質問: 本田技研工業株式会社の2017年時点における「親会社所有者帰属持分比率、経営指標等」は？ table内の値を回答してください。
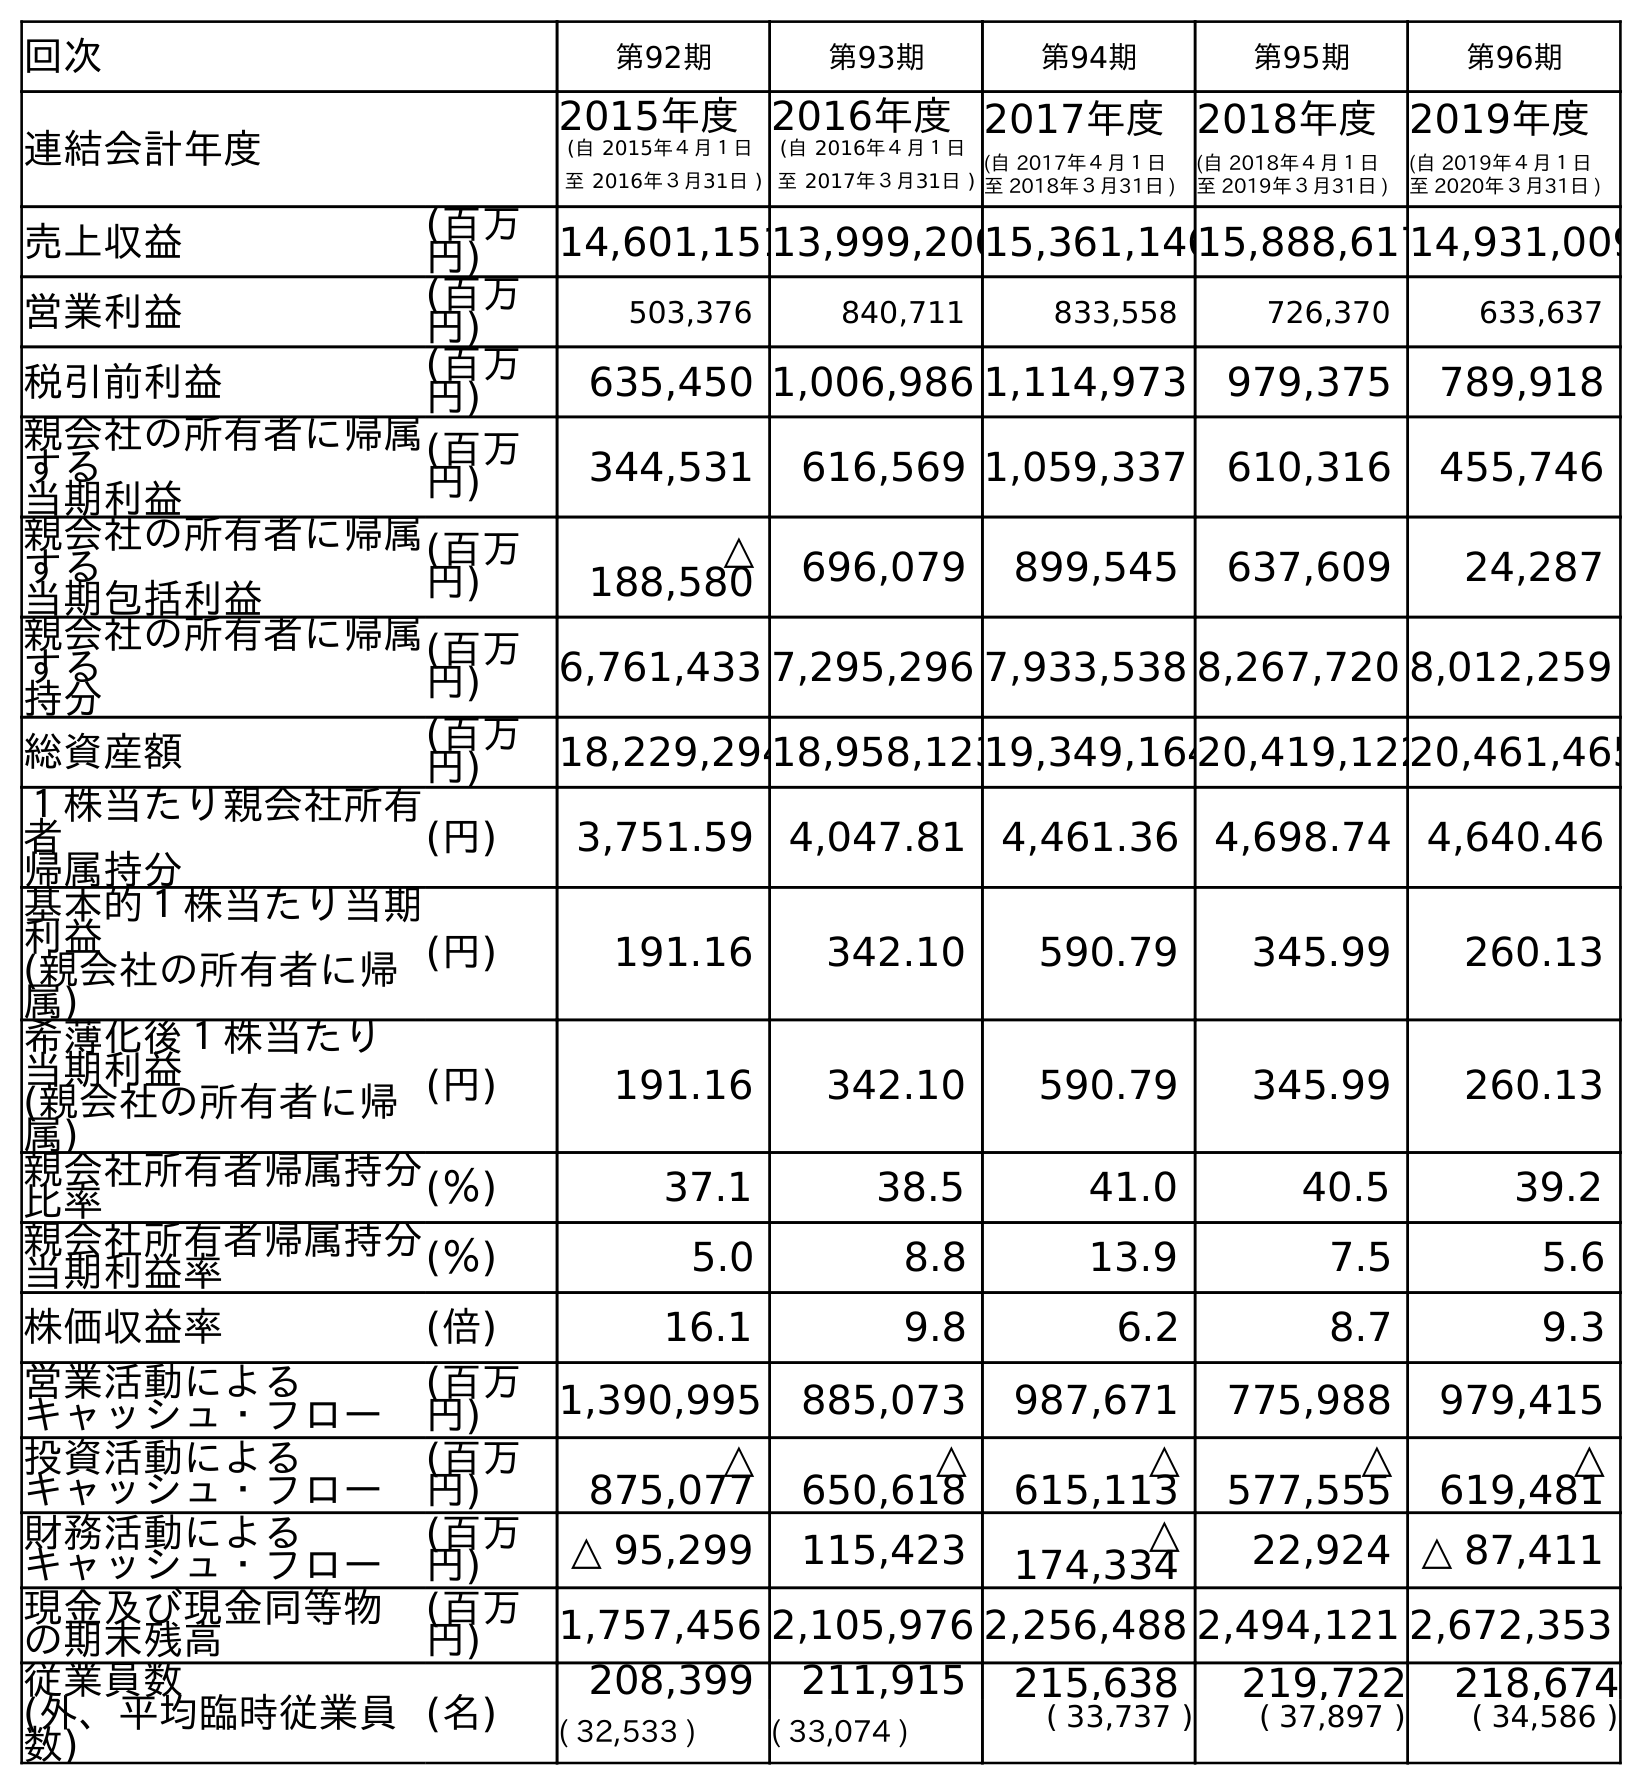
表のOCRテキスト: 回次 第92期 第93期 第94期 第95期 第96期 連結会計年度 2015年度 (自 2015年４月１日 至 2016年３月31日 ) 2016年度 (自 2016年４月１日 至 2017年３月31日 ) 2017年度 (自 2017年４月１日 至 2018年３月31日 ) 2018年度 (自 2018年４月１日 至 2019年３月31日 ) 2019年度 (自 2019年４月１日 至 2020年３月31日 ) 売上収益 (百万 円) 14,601,15113,999,20015,361,14615,888,61714,931,009 営業利益 (百万 円) 503,376 840,711 833,558 726,370 633,637 税引前利益 (百万 円) 635,450 1,006,986 1,114,973 979,375 789,918 親会社の所有者に帰属 する 当期利益 (百万 円) 344,531 616,569 1,059,337 610,316 455,746 親会社の所有者に帰属 する 当期包括利益 (百万 円) △ 188,580 696,079 899,545 637,609 24,287 親会社の所有者に帰属 する 持分 (百万 円) 6,761,433 7,295,296 7,933,538 8,267,720 8,012,259 総資産額 (百万 円) 18,229,29418,958,12319,349,16420,419,12220,461,465 １株当たり親会社所有 者 帰属持分 (円) 3,751.59 4,047.81 4,461.36 4,698.74 4,640.46 基本的１株当たり当期 利益 (親会社の所有者に帰 属) (円) 191.16 342.10 590.79 345.99 260.13 希薄化後１株当たり 当期利益 (親会社の所有者に帰 属) (円) 191.16 342.10 590.79 345.99 260.13 親会社所有者帰属持分 比率 (％) 37.1 38.5 41.0 40.5 39.2 親会社所有者帰属持分 当期利益率 (％) 5.0 8.8 13.9 7.5 5.6 株価収益率 (倍) 16.1 9.8 6.2 8.7 9.3 営業活動による キャッシュ・フロー (百万 円) 1,390,995 885,073 987,671 775,988 979,415 投資活動による キャッシュ・フロー (百万 円) △ 875,077 △ 650,618 △ 615,113 △ 577,555 △ 619,481 財務活動による キャッシュ・フロー (百万 円) △ 95,299 115,423 △ 174,334 22,924 △ 87,411 現金及び現金同等物 の期末残高 (百万 円) 1,757,456 2,105,976 2,256,488 2,494,121 2,672,353 従業員数 (外、平均臨時従業員 数) (名) 208,399 211,915 215,638 219,722 218,674 ( 32,533 ) ( 33,074 ) ( 33,737 ) ( 37,897 ) ( 34,586 )
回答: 38.5